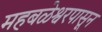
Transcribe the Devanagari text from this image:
महबळेश्वरपासून